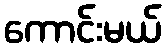
ကောင်းမယ်